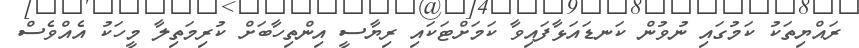
ރައްޔިތަކު ކަމުގައި ނުވުން ކަނޑައަޅާފައިވާ ކަމަށްޓަކައި ރިޔާސީ އިންތިހާބަށް ކުރިމަތިލާ މީހަކު އެއްވެސް